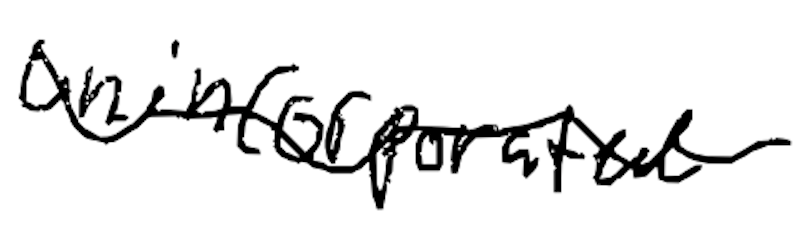
Text: unincorporated
Cross-out: wave
Writing tool: digital_black